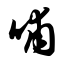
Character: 哺